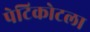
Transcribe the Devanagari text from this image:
पेटिकोटला